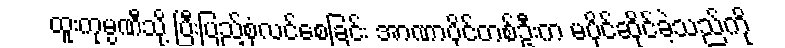
ထူးကုမ္ပဏီသို့ ပြီးပြည့်စုံလင်စေခြင်း အာဏာပိုင်တစ်ဦးက မပိုင်ဆိုင်ခဲ့သည်ကို